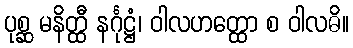
ပုစ္ဆ မနိတ္ထီ နင်္ဂုဋ္ဌံ၊ ဝါလဟတ္ထော စ ဝါလဓိ။